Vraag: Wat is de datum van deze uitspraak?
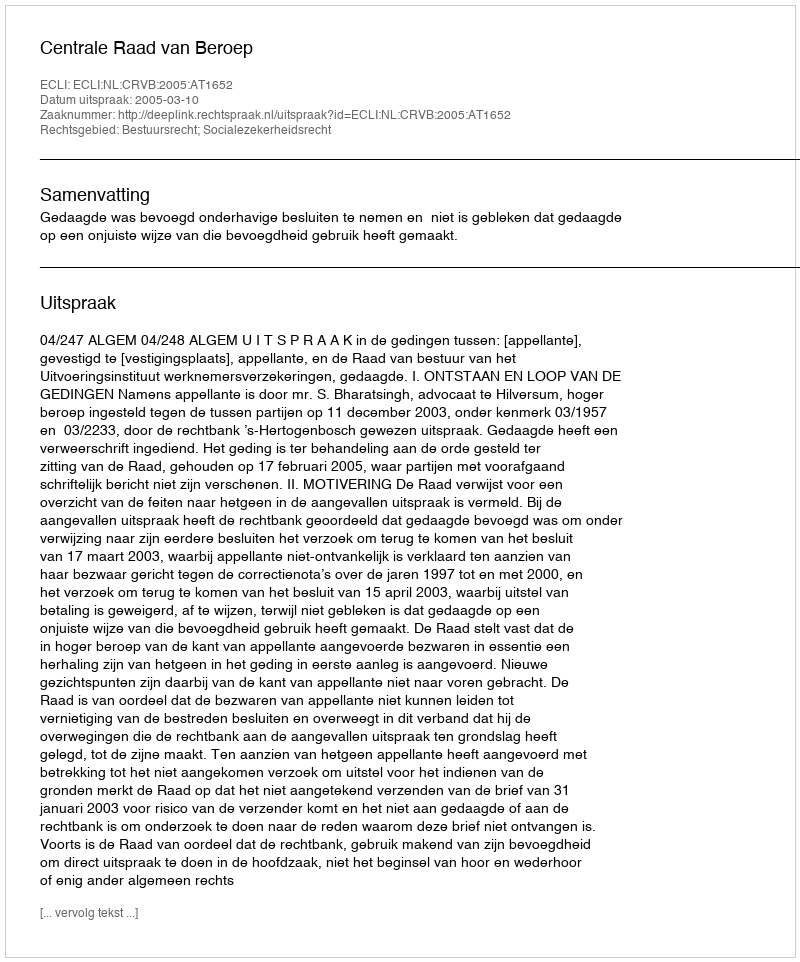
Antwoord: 2005-03-10